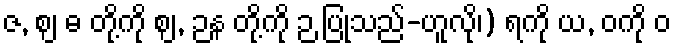
ဇ, ဈ ဓ တို့ကို ဈ, ဉန တို့ကို ဉ ပြုသည်-ဟူလို၊) ရကို ယ, ဝကို ဝ